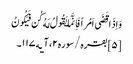
وَاِذَا قَضَی اَمْراً فَاِنَّمَا یَقُولُ لَهُ کُن فَیَکُونُ
[۵] بقره/سوره۲، آیه۱۱۷۔